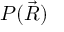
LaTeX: P ( { \vec { R } } )